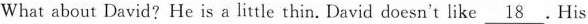
What about David? He is a little thin. David doesn't like \underline{18}. His